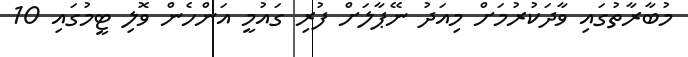
މުބާރާތުގައި ވާދަކުރުމަށް މިއަދު ނޭޕާލަށް ފުރި ގައުމީ އަންހެން ވޮލި ޓީމުގައި 10